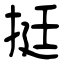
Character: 挺